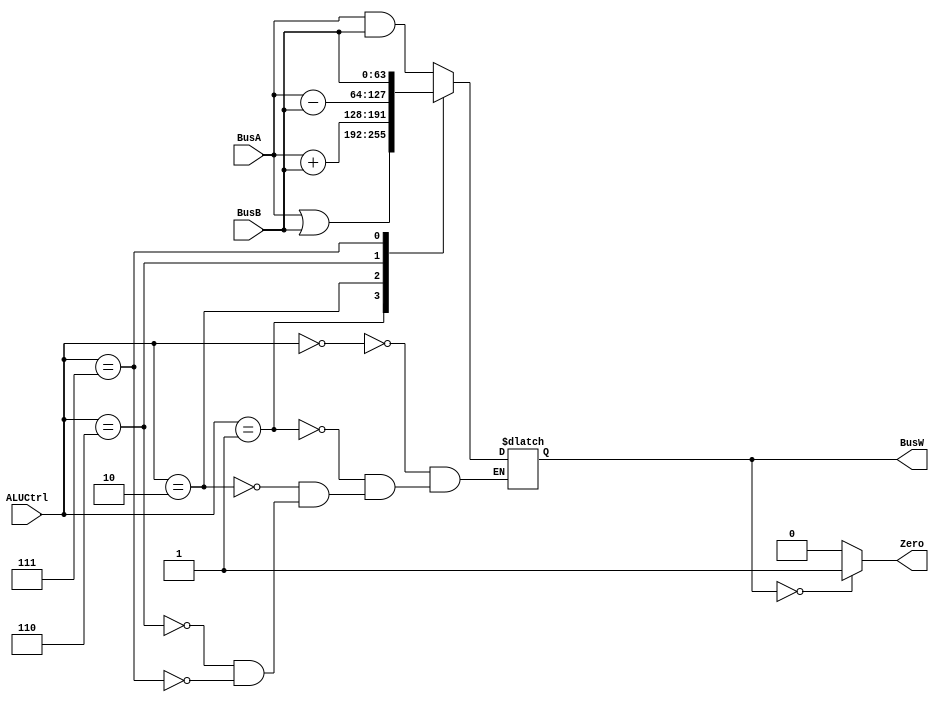
`timescale 1ns / 1ps
//////////////////////////////////////////////////////////////////////////////////
// Company: 
// Engineer: 
// 
// Design Name: 
// Module Name: ALU
// Project Name: 
// Target Devices: 
// Tool Versions: 
// Description: 
// 
// Dependencies: 
// 
// Revision:
// Revision 0.01 - File Created
// Additional Comments:
// 
//////////////////////////////////////////////////////////////////////////////////


module ALU(BusW, BusA, BusB, ALUCtrl, Zero);
    output reg [63:0] BusW;
    output Zero;
    input [63:0] BusA, BusB;
    input [3:0] ALUCtrl;
    
    always@(*) begin
        case(ALUCtrl)
            4'b0000: BusW = BusA&BusB; //and case
            4'b0001: BusW = BusA|BusB; //or case
            4'b0010: BusW = $signed(BusA)+$signed(BusB); //add case
            4'b0110: BusW = $signed(BusA)-$signed(BusB); //sub case
            4'b0111: BusW = BusB; //pass case
        endcase
    end
    assign Zero = (BusW == 0)?1:0;
    
endmodule